Calcutta medical institutions reports 1879-81 [i.e.91]
Year: 1879
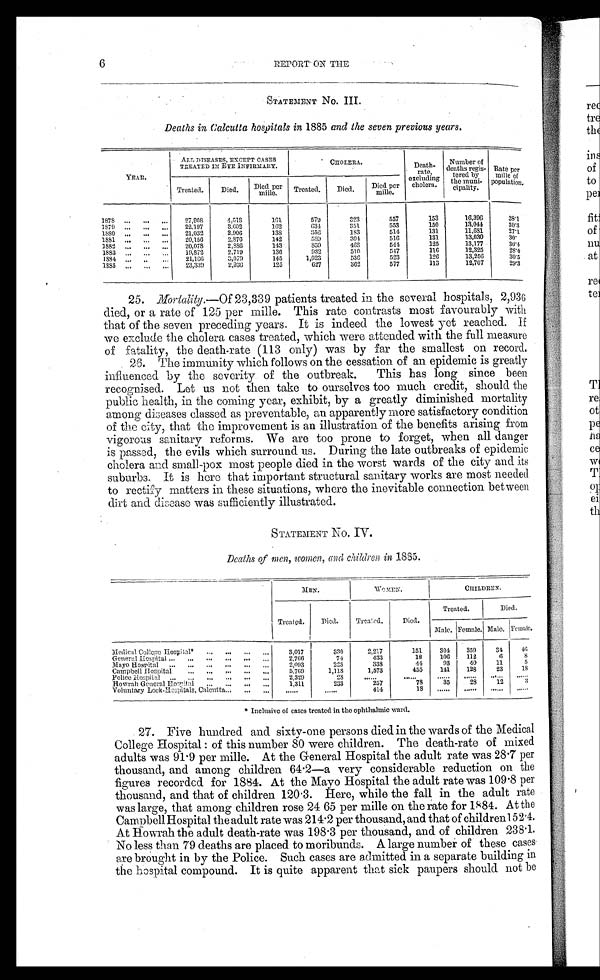
6
REPORT ON THE
STATEMENT No. III.
Deaths in Calcutta hospitals in 1885 and the seven previous years.
YEAR.
ALL DISEASES, EXCEPT CASES
TREAED IN EYE INFIRMARY.
CHOLERA.
Death
-rate,
excluding
cholera.
Number of
deaths regis
-tered by
the muni
-cipality.
Rate per
mille o
f population.
Treated.
Died.
Died per
mille.
T r e a t e d . Died. Died per
mille.
1878 ..
... ...
27,908
4,518
161
579
323
557
153
16,396
38.1
1879 ... ... ...
22.197
3.602
162
634
351
553
150
13,044
30.3
1880 ... ... ...
21,032
2.906
138
356
183
514
131
11,681
27.1
1881 ... ... ...
20,156
2,876
142
589
304
516
131
13,030
3 0 .
1882 ... ... ...
20,078
2,886
143
859
468
544
125
13,177
30.4
1883 ... ... ...
19,872
2,719
136
932
510
547
116
12,325
2 8 . 4
1884 ... ..
21,166
3,079
145
1,023
536
523
126
13,256
30.5
1885 ... ... ...
23,339
2,936
125
627
362
577
113
12,707
29.3
25. Mortality.—Of 23,339 patients treated in. the several hospitals, 2,936
died, or a rate of 125 per mille. This rate contrasts most favourably with
that of the seven preceding years. It is indeed the lowest yet reached. If
we exclude the cholera cases treated, which were attended with the full measure
of fatality, the death-rate (113 only) was by far the smallest on record.
26. The immunity which follows on the cessation of an epidemic is greatly
influenced by the severity of the outbreak. This has long since been
recognised. Let us not then take to ourselves too much credit, should the
public health, in the coming year, exhibit, by a greatly diminished mortality
among diseases classed as preventable, an apparently more satisfactory condition
of the city, that the improvement is an illustration of the benefits arising from
vigorous sanitary reforms. We are too prone to forget, when all danger
is passed, the evils which surround us. During the late outbreaks of epidemic
cholera and small-pox most people died in the worst wards of the city and its
s u b u r b s . I t i s h e r e t h a t i m p o r t a n t s t r u c t u r a l s a n i t a r y w o r k s a r e m o s t n e e d e d
to rectify matters in these situations, where the inevitable connection between
dirt and disease was sufficiently illustrated.
STATEMENT NO. IV.
Deaths of men, women, and children in 1885.
MEN.
WO MEN.
CHILDREN.
Treated.
Died.
Treated .
Died.
Treated.
Died.
Male. Female. Male. Female.
Medical College Hospital* ... ... ... ...
3,017
330
2 , 2 1 7
151
3 0 4
3 5 9
34
46
General Hospital ...
...
...
...
...
...
2.766
74
433
18
106
112
6
8
Mayo Hospital... ... ...
2,093
223
338
44
93
40
11
5
Campbell Hospital ... ... ... 5,769
1,118
1,573
455
141
128
23
18
Police Hospital
...
...
...
...
...
...
2,329
2
. . . . . .
. . . . . .
. . . . . .
. . . . . . . . . . . . ......
Howrah General Hospital .. ... ... ...
1,311
233
257
78
35
28
12
3
Voluntary Lock-Hospitals, Calcutta
414
18
*Inclusive of cases treated in the ophthalmic ward.
27. Five hundred and sixty-one persons died in the wards of the Medical
College Hospital: of this number 80 were children. The death-rate of mixed
adults was 91.9 per mille. At the General Hospital the adult rate was 28.7 per
thousand, and among children 64.2—a very considerable reduction on the
figures recorded for 1884. At the Mayo Hospital the adult rate was 109.8 per
thousand, and that of children 120.3. Here, while the fall in the adult rate
was large, that among children rose 24 65 per male on the rate for 1884. At the
Campbell Hospital the adult rate was 214.2 per thousand, and that of children 152.4.
At Howrah the adult death-rate was 198.3 per thousand, and of children 238.1.
No less than 79 deaths are placed to moribunds. A large number of these cases
are brought in by the Police. Such cases are admitted in a separate building in
the hospital compound. It is quite apparent that sick paupers should not be